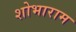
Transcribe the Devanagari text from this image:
शोभाराम